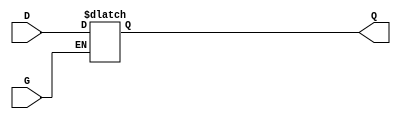
module gated_transparent_latch (
    input wire D,        // Data input
    input wire G,        // Enable signal
    output reg Q         // Output
);

always @(*) begin
    if (G) begin
        // Latch is transparent, output follows input
        Q = D;
    end
    // When G is low, Q retains its last value
end

endmodule